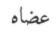
عضاه